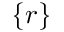
\{ r \}